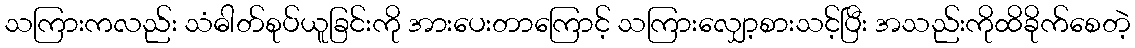
သကြားကလည်း သံဓါတ်စုပ်ယူခြင်းကို အားပေးတာကြောင့် သကြားလျှော့စားသင့်ပြီး အသည်းကိုထိခိုက်စေတဲ့